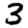
Digit: 3